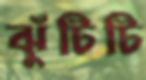
ঝুঁটিটি